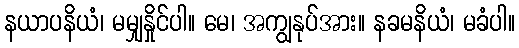
နယာပနိယံ၊ မမျှနှိုင်ပါ။ မေ၊ အကျွနုပ်အား။ နခမနိယံ၊ မခံပါ။